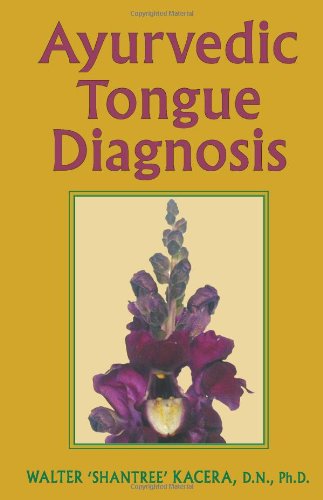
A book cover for Ayurvedic Tongue Diagnosis; Walter Shantree Kacera; Health, Fitness & Dieting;